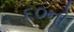
૬૦નો